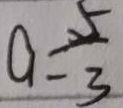
a = \frac { 5 } { 3 }